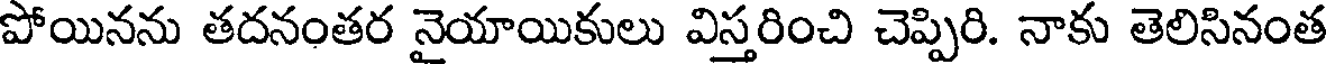
పోయినను తదనంతర నైయాయికులు విస్తరించి చెప్పిరి. నాకు తెలిసినంత